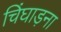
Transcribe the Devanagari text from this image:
चिंघाड़ना